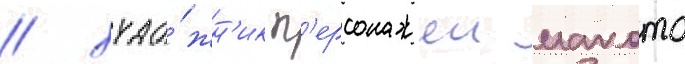
/ худо́жн'ик п'ерсонажеи макото